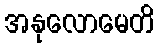
အနုလောမေတိ